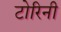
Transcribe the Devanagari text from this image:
टोरिनी